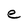
Character: e